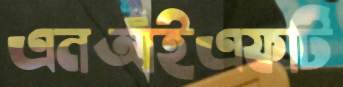
এনআইএফটি